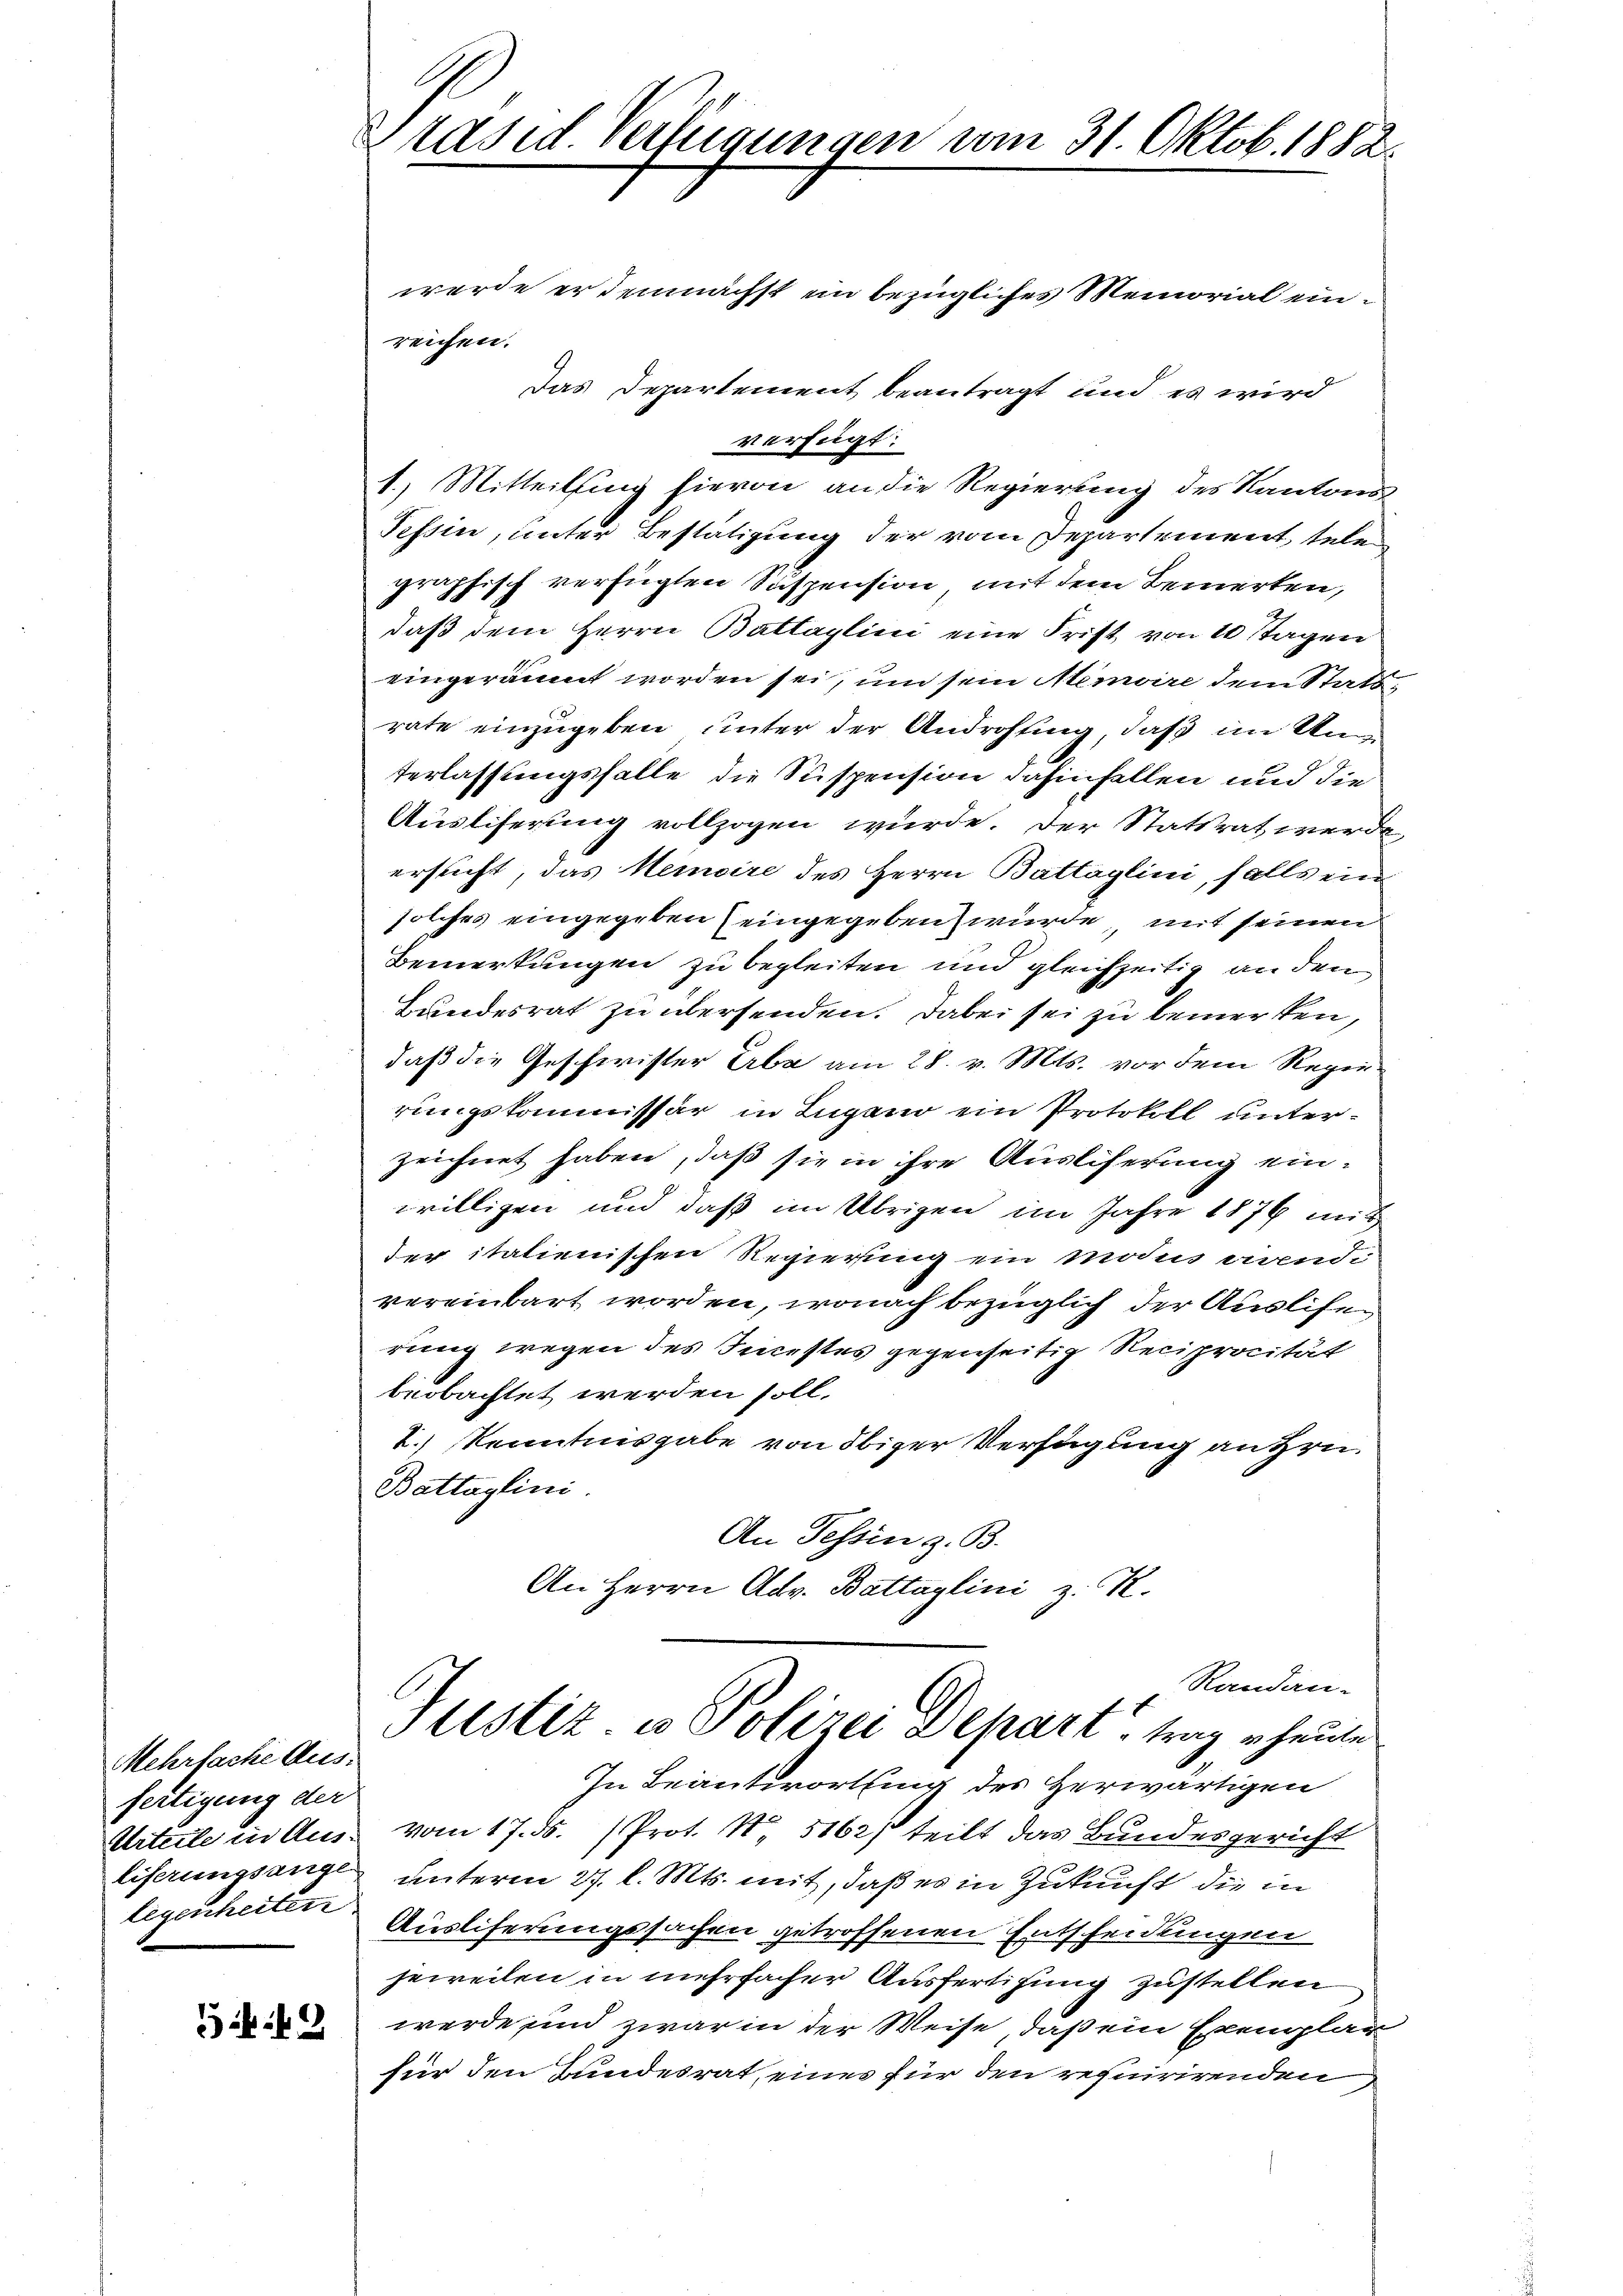
Mehrfache Aus-
fertigung der
Urteile in Ausliferungsange

549

werde er demnächst ein bezügliches Memorial einreichen.
Das Departement beantragt und es wird
verfügt:
1.) Mitteilung hievon an die Regierung des Kantons
Tessin, unter Bestätigung der vom Departement, tele
graphisch verfügten Suspension, mit dem Bemerken,
daß dem Herrn Battaylini eine Frist von 10 tagen
eingeräumt worden sei, um sein Memoire dem Stattrate einzugeben unter der Androhung, daß im Unterlassungsfalle die Suspension dahinfallen und die
Ausliferung vollzogen würde. Der Statsrat werde,
ersucht, das Memoire des Herrn Battaglini, falls ein
solches eingegeben (eingegeben würde, mit seinen
Bemerkungen zu begleiten und gleichzeitig an den
Landesrat zu übersenden. Dabei sei zu bemerken,
daß die Geschwister Erbe am 28. v. Mts. vor dem Regierungskommissär in Lugano ein Protokoll unterzeichnet haben, daß sie in ihre Ausliserung einwilligen und daß im Übrigen im Jahre 1876 mit
der italienischen Regierung ein modus direndi
vereinbart worden, wonach bezüglich der Auslieferung wegen des Incestes gegenseitig Reciprocität
beobachtet werden soll.
2.) Kenntnisgabe von obiger Verfügung anzen¬
Battaglini.
An Tessin z. B.
An Herrn Adv. Battaglini z. R.

Präsid. Verfügungen vom 31. Oktob. 1882.

In Beantwortung des Herwärtigen
vom 17. ds. (Prot. No. 5162) teilt das Bundesgericht
unterm 27. l. Mts. mit, daß es in Zukunft die in
legenheiten Ausliferungssachen getroffenen Entscheidungen
jeweilen in mehrfacher Ausfertigung zustellen
werde und zwar in der Weise, daß ein Exemplar
für den Bundesrat, eines für den requirirenden

Randan-
slistiz- u Polizei Depart, trag heute